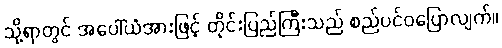
သို့ရာတွင် အပေါ်ယံအားဖြင့် တိုင်းပြည်ကြီးသည် စည်ပင်ဝပြောလျက်။